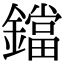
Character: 鐺